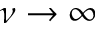
\nu \rightarrow \infty